Proceedings of the meeting of veterinary officers in India
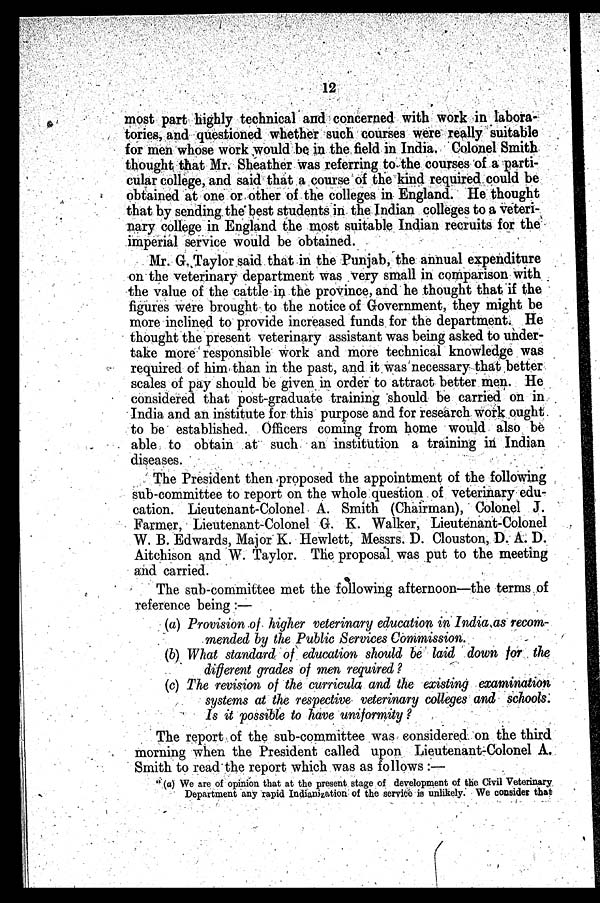
12
most part highly technical and concerned with work in labora-
tories, and questioned whether such courses were really suitable
for men whose work would be in the field in India. Colonel Smith
thought that Mr. Sheather was referring to the courses of a parti-
cular college, and said that a course of the kind required could be
obtained at one or other of the colleges in England. He thought
that by sending the best students in the Indian colleges to a veteri-
nary college in England the most suitable Indian recruits for the
imperial service would be obtained.
Mr. G. Taylor said that in the Punjab, the annual expenditure
on the veterinary department was very small in comparison with
the value of the cattle in the province, and he thought that if the
figures were brought to the notice of Government, they might be
more inclined to provide increased funds for the department. He
thought the present veterinary assistant was being asked to under-
take more responsible work and more technical knowledge was
required of him than in the past, and it was necessary that better
scales of pay should be given in order to attract better men. He
considered that post-graduate training should be carried on in
India and an institute for this purpose and for research work ought
to be established. Officers coming from home would also be
able to obtain at such an institution a training in Indian
diseases.
The President then proposed the appointment of the following
sub-committee to report on the whole question of veterinary edu-
cation. Lieutenant-Colonel A. Smith (Chairman), Colonel J.
Farmer, Lieutenant-Colonel G. K. Walker, Lieutenant-Colonel
W. B. Edwards, Major K. Hewlett, Messrs. D. Clouston, D. A. D.
Aitchison and W. Taylor. The proposal was put to the meeting
and carried.
The sub-committee met the following afternoon—the terms of
reference being :—
(a) Provision of higher veterinary education in India as recom-
mended by the Public Services Commission.
(b) What standard of education should be laid down for the
different grades of men required ?
(c) The revision of the curricula and the existing examination
systems at the respective veterinary colleges and schools.
Is it possible to have uniformity ?
The report of the sub-committee was considered on the third
morning when the President called upon Lieutenant-Colonel A.
Smith to read the report which was as follows :—
" (a) We are of opinion that at the present stage of development of the Civil Veterinary
Department any rapid Indianization of the service is unlikely. We consider that